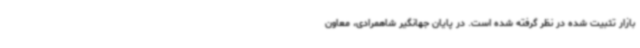
بازار تثبیت شده در نظر گرفته شده است. در پایان جهانگیر شاهمرادی، معاون